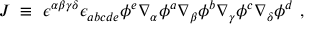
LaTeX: J ~ \equiv ~ \epsilon ^ { \alpha \beta \gamma \delta } \epsilon _ { a b c d e } \phi ^ { e } \nabla _ { \alpha } \phi ^ { a } \nabla _ { \beta } \phi ^ { b } \nabla _ { \gamma } \phi ^ { c } \nabla _ { \delta } \phi ^ { d } ~ ,